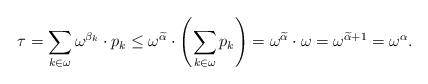
LaTeX: \begin{align*} \tau = \sum_{k \in \omega}\omega^{\beta_k} \cdot p_k \le \omega^{\widetilde{\alpha}} \cdot\left(\sum_{k \in \omega} p_k\right) = \omega^{\widetilde{\alpha}} \cdot \omega = \omega^{\widetilde{\alpha}+1} = \omega^{\alpha}.\end{align*}